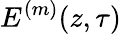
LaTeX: E^{(m)}(z,\tau)